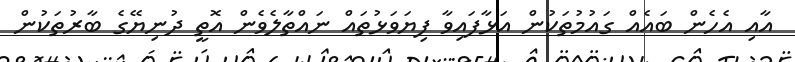
އާއި އެހެން ބައެއް ގައުމުތަކުން އަޅާފައިވާ ފިޔަވަޅުތައް ނައްތާލެވެން އޮތީ ދުނިޔޭގެ ބާރުތަކުން